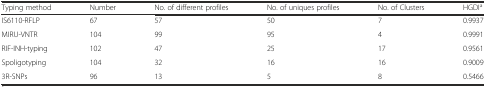
<table><thead><tr><td><b>Typing method</b></td><td><b>Number</b></td><td><b>No. of different profiles</b></td><td><b>No. of uniques profiles</b></td><td><b>No. of Clusters</b></td><td><b>HGDI<sup>a</sup></b></td></tr></thead><tbody><tr><td>IS6110-RFLP</td><td>67</td><td>57</td><td>50</td><td>7</td><td>0.9937</td></tr><tr><td>MIRU-VNTR</td><td>104</td><td>99</td><td>95</td><td>4</td><td>0.9991</td></tr><tr><td>RIF-INH-typing</td><td>102</td><td>47</td><td>25</td><td>17</td><td>0.9561</td></tr><tr><td>Spoligotyping</td><td>104</td><td>32</td><td>16</td><td>16</td><td>0.9009</td></tr><tr><td>3R-SNPs</td><td>96</td><td>13</td><td>5</td><td>8</td><td>0.5466</td></tr></tbody></table>